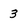
Character: 3